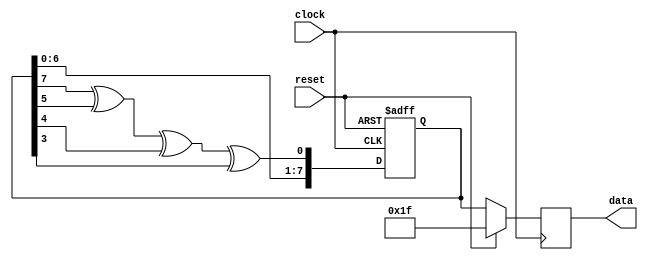
module fibonacci_lfsr_9bit(
  input  clock,
  input  reset,
  
  output reg [7:0] data
);
	
	reg [7:0] data_next;
	//LFSR feedback bit
	wire feedback;
	assign feedback = data_next[7] ^ data_next[5] ^ data_next[4] ^ data_next[3];

	always @(posedge clock or posedge reset) begin
		if (reset == 1) begin
			data_next[7:0] <= 8'h1F;
		end else begin
			data_next <= {data_next[6:0], feedback};
		end
	end

	always @(posedge clock)
	  if(reset)
		 data <= 7'h1F;
	  else
		 data <= data_next;

endmodule